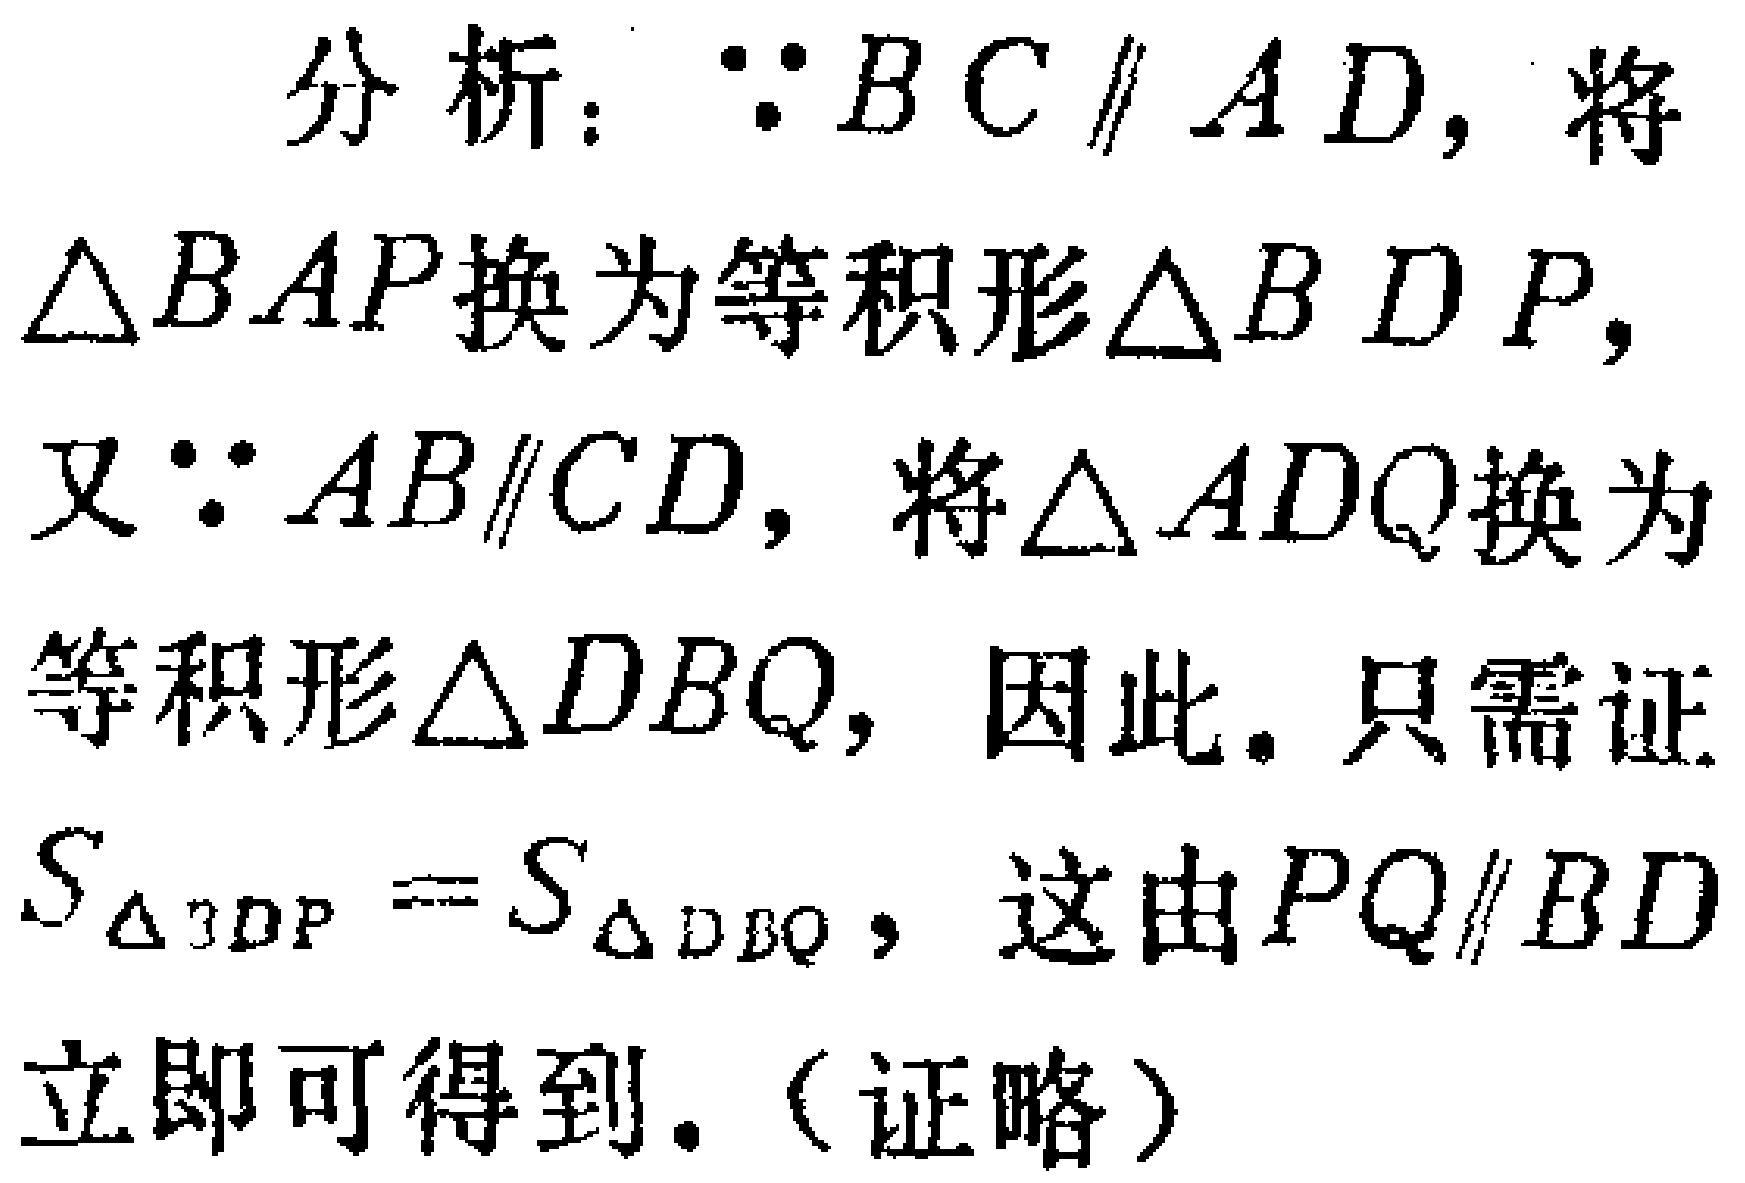
分析：$\because BC\parallel AD$，将

$\triangle BAP$换为等积形$\triangle BDP$，

又$\because AB\parallel CD$，将$\triangle ADQ$换为

等积形$\triangle DBQ$，因此。只需证

$S_{\triangle BDP}=S_{\triangle DBQ}$，这由$PQ\parallel BD$

立即可得到。（证略）